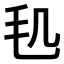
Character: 𣬠